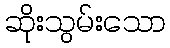
ဆိုးသွမ်းသော